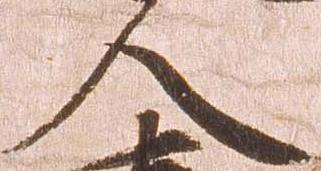
人